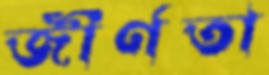
জীর্ণতা